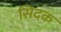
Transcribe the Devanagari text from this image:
सिदक